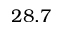
2 8 . 7